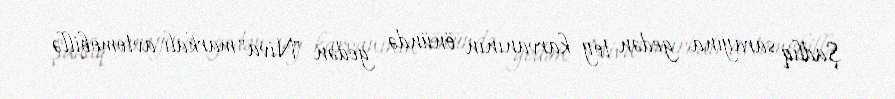
Şadlıq sarayına gedən toy karvanının önündə gedən "Niva" markalı avtomobillə